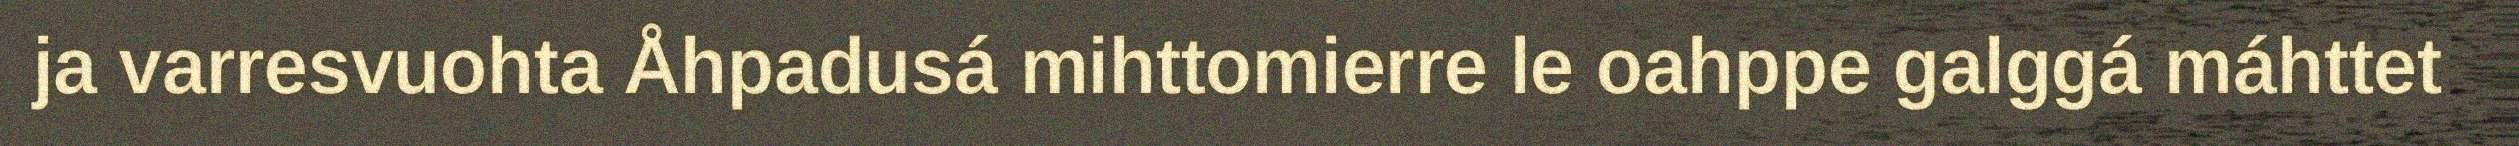
ja varresvuohta Åhpadusá mihttomierre le oahppe galggá máhttet